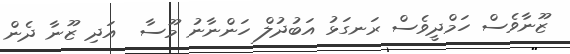
ޒޫނާވެސް ހަމްދީވެސް ރަނގަޅު އަބުދުލް ހަންނާނު މޫސާ  އަދި ޒޫނާ ދެން